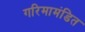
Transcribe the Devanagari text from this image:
गरिमामंडित